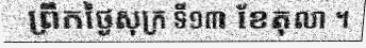
ព្រឹកថ្ងៃសុក្រ ទី១៣ ខែតុលា ។